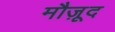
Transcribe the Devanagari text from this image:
मौजू़द